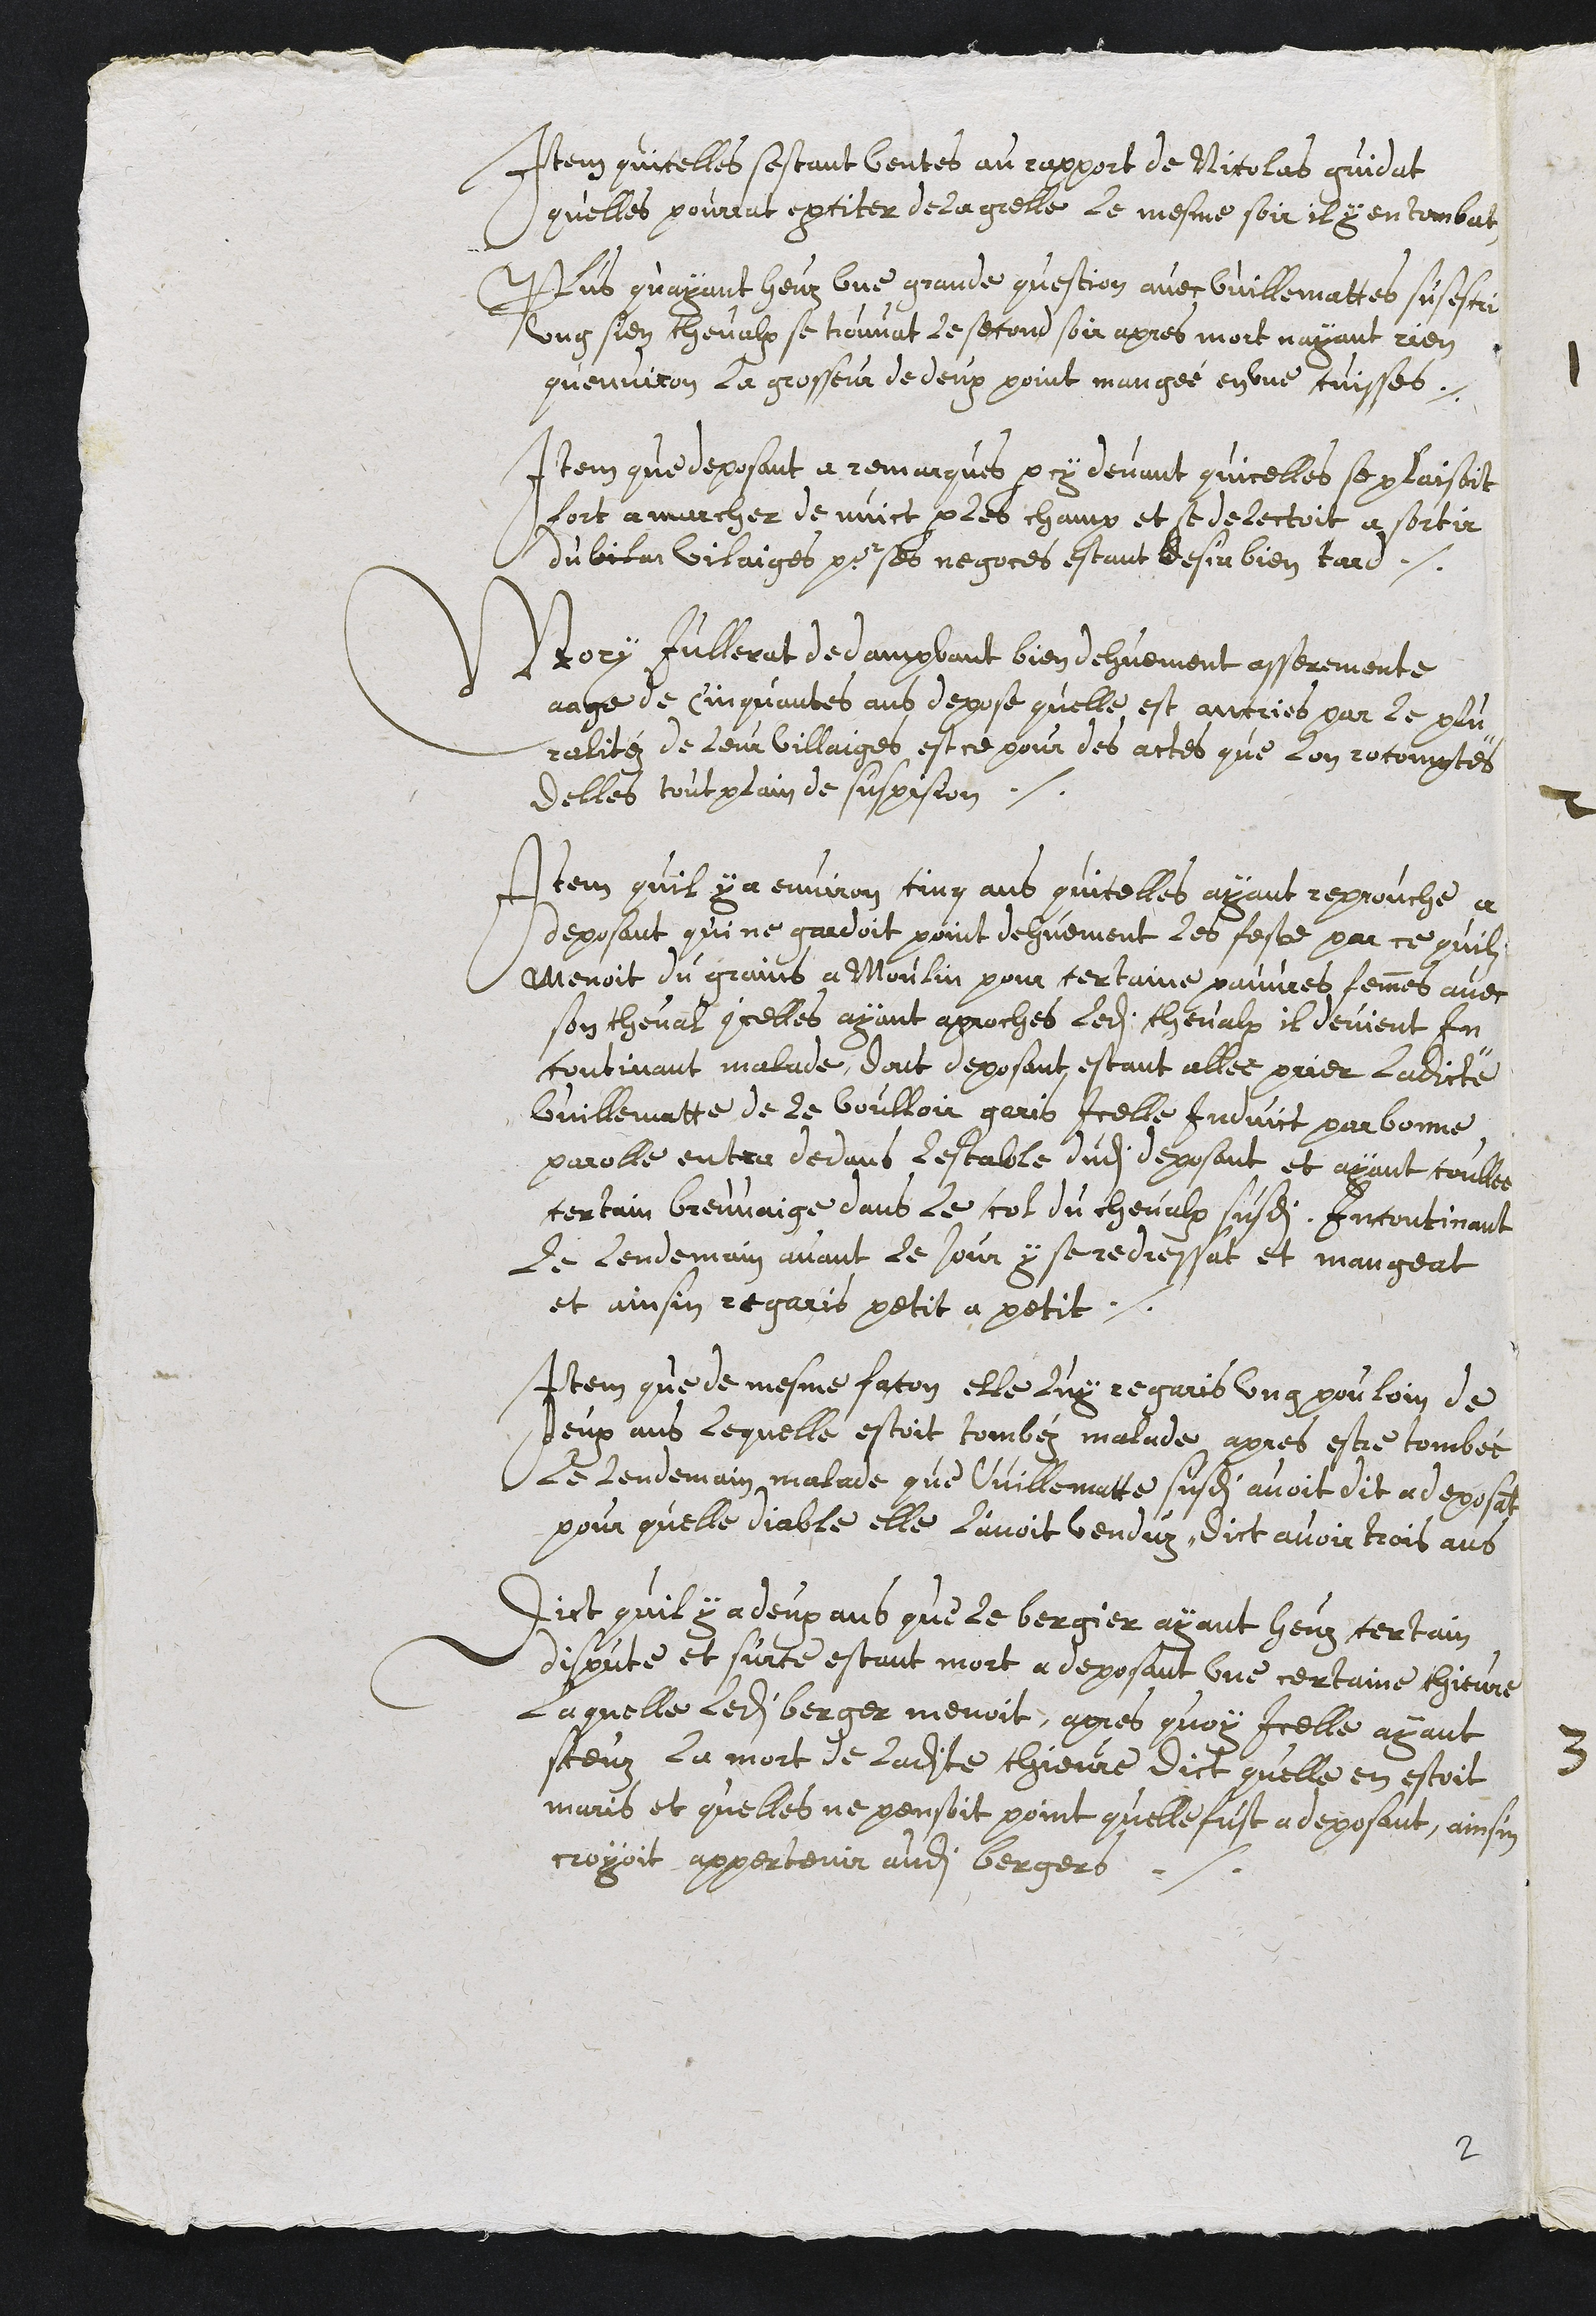
Item quicelles sestant ventes au rapport de Nicolas guidat
quelles pourrat exciter de la grelle le mesme soir il y en tombat
Plus quayant heuz une grande question avec Vuillemattes susescri
ung sien chevalx se trouvat le second soir apres mort nayant rien
quenviron la grosseur de deux point mangée en une cuisses
Item que deposant a remarques par devant quicelles se plaisoit
fort a marcher de nuict par les champ et se delectoit a sortir
du vilar vilaiges pour ses negoces estant desja bien tard
Mory Jullerat de dampvant bien dehuement asseremente
eage de Cinquantes ans depose quelle est ancries par le plu¬
ralitez de leur villaiges estre pour des actes que lon rocomptes
delles tout plain de suspision.
Item quil y a environ cinq ans quicelles ayant reprouche a
deposant qui ne gardoit point dehuement les feste par ce quilz
Menoit du grains a Moulin pour certaine pauvres femmes avec
son cheval icelles ayant aproches ledit chevalx, il devient In¬
continant malade, dont deposant estant allee prier ladicte
Vuillematte de le voulloir garis Icelle Induict par bonne
parolle entra dedans lestable dudit deposant et ayant coullee
certain breuvaige dans le col du chevalx susdit Incontinant
Le lendemain avant le jour y se redressat et mangeat
et ainsin regaris petit a petit.
Item que de mesme facon elle luy regaris ung pouloin de
deux ans lequelle estoit tombez malade apres estre tombée
le lendemain malade que Vuillematte susdite avoit dit a deposant
pour quelle diable elle l’avoit venduz, dict avoir trois ans
Dict quil y a deux ans que le bergier ayant heuz certain
dispute et surce estant mort a deposant une certaine chievre
Laquelle ledit berger menoit, apres quoy Icelle ayant
sceuz la mort de ladite chievre dict quelle en estoit
maris, et quelles ne pensoit point quelle fust a deposant, ainsin
croyoit appertenir audit berger.

2